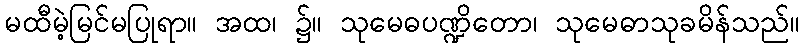
မထီမဲ့မြင်မပြုရာ။ အထ၊ ၌။ သုမေဓပဏ္ဍိတော၊ သုမေဓာသုခမိန်သည်။